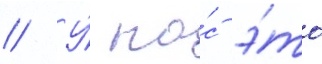
// У́ на́с э́то